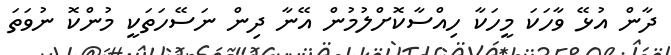
ދާން އުޅޭ ވާހަކަ މީހަކާ ހިއްސާކޮށްލުމުން އޭނާ ދިން ނަސޭހަތަކީ މުންކޮ ނުވަތަ